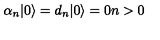
\alpha _ { n } | 0 \rangle = d _ { n } | 0 \rangle = 0 n > 0